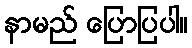
နာမည် ပြောပြပါ။